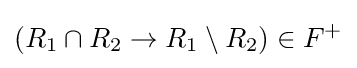
(R_{1}\cap R_{2}\rightarrow R_{1}\setminus R_{2})\in F^{+}